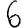
Digit: 6